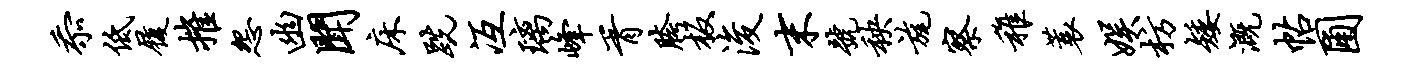
忝低履摧怨幽闻床跣冱璃峰胥胯板浚末号秧旄察稚蓑娱枋矮溉帖圃